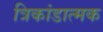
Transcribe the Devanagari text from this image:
त्रिकांडात्मक